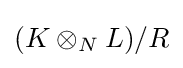
(K\otimes _{N}L)/R